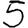
Digit: 5